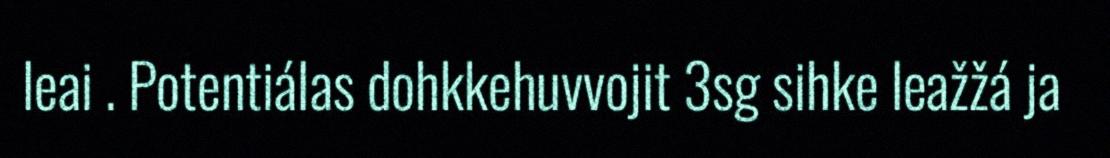
leai . Potentiálas dohkkehuvvojit 3sg sihke leažžá ja